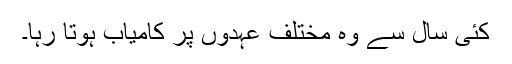
کئی سال سے وہ مختلف عہدوں پر کامیاب ہوتا رہا۔